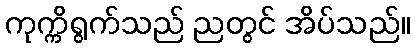
ကုက္ကိရွက်သည် ညတွင် အိပ်သည်။